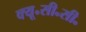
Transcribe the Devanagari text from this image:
क्यू॰सी॰सी॰